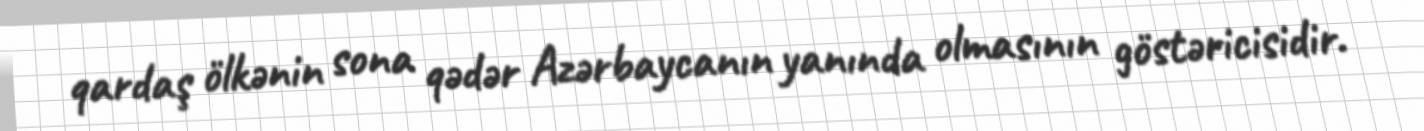
qardaş ölkənin sona qədər Azərbaycanın yanında olmasının göstəricisidir.